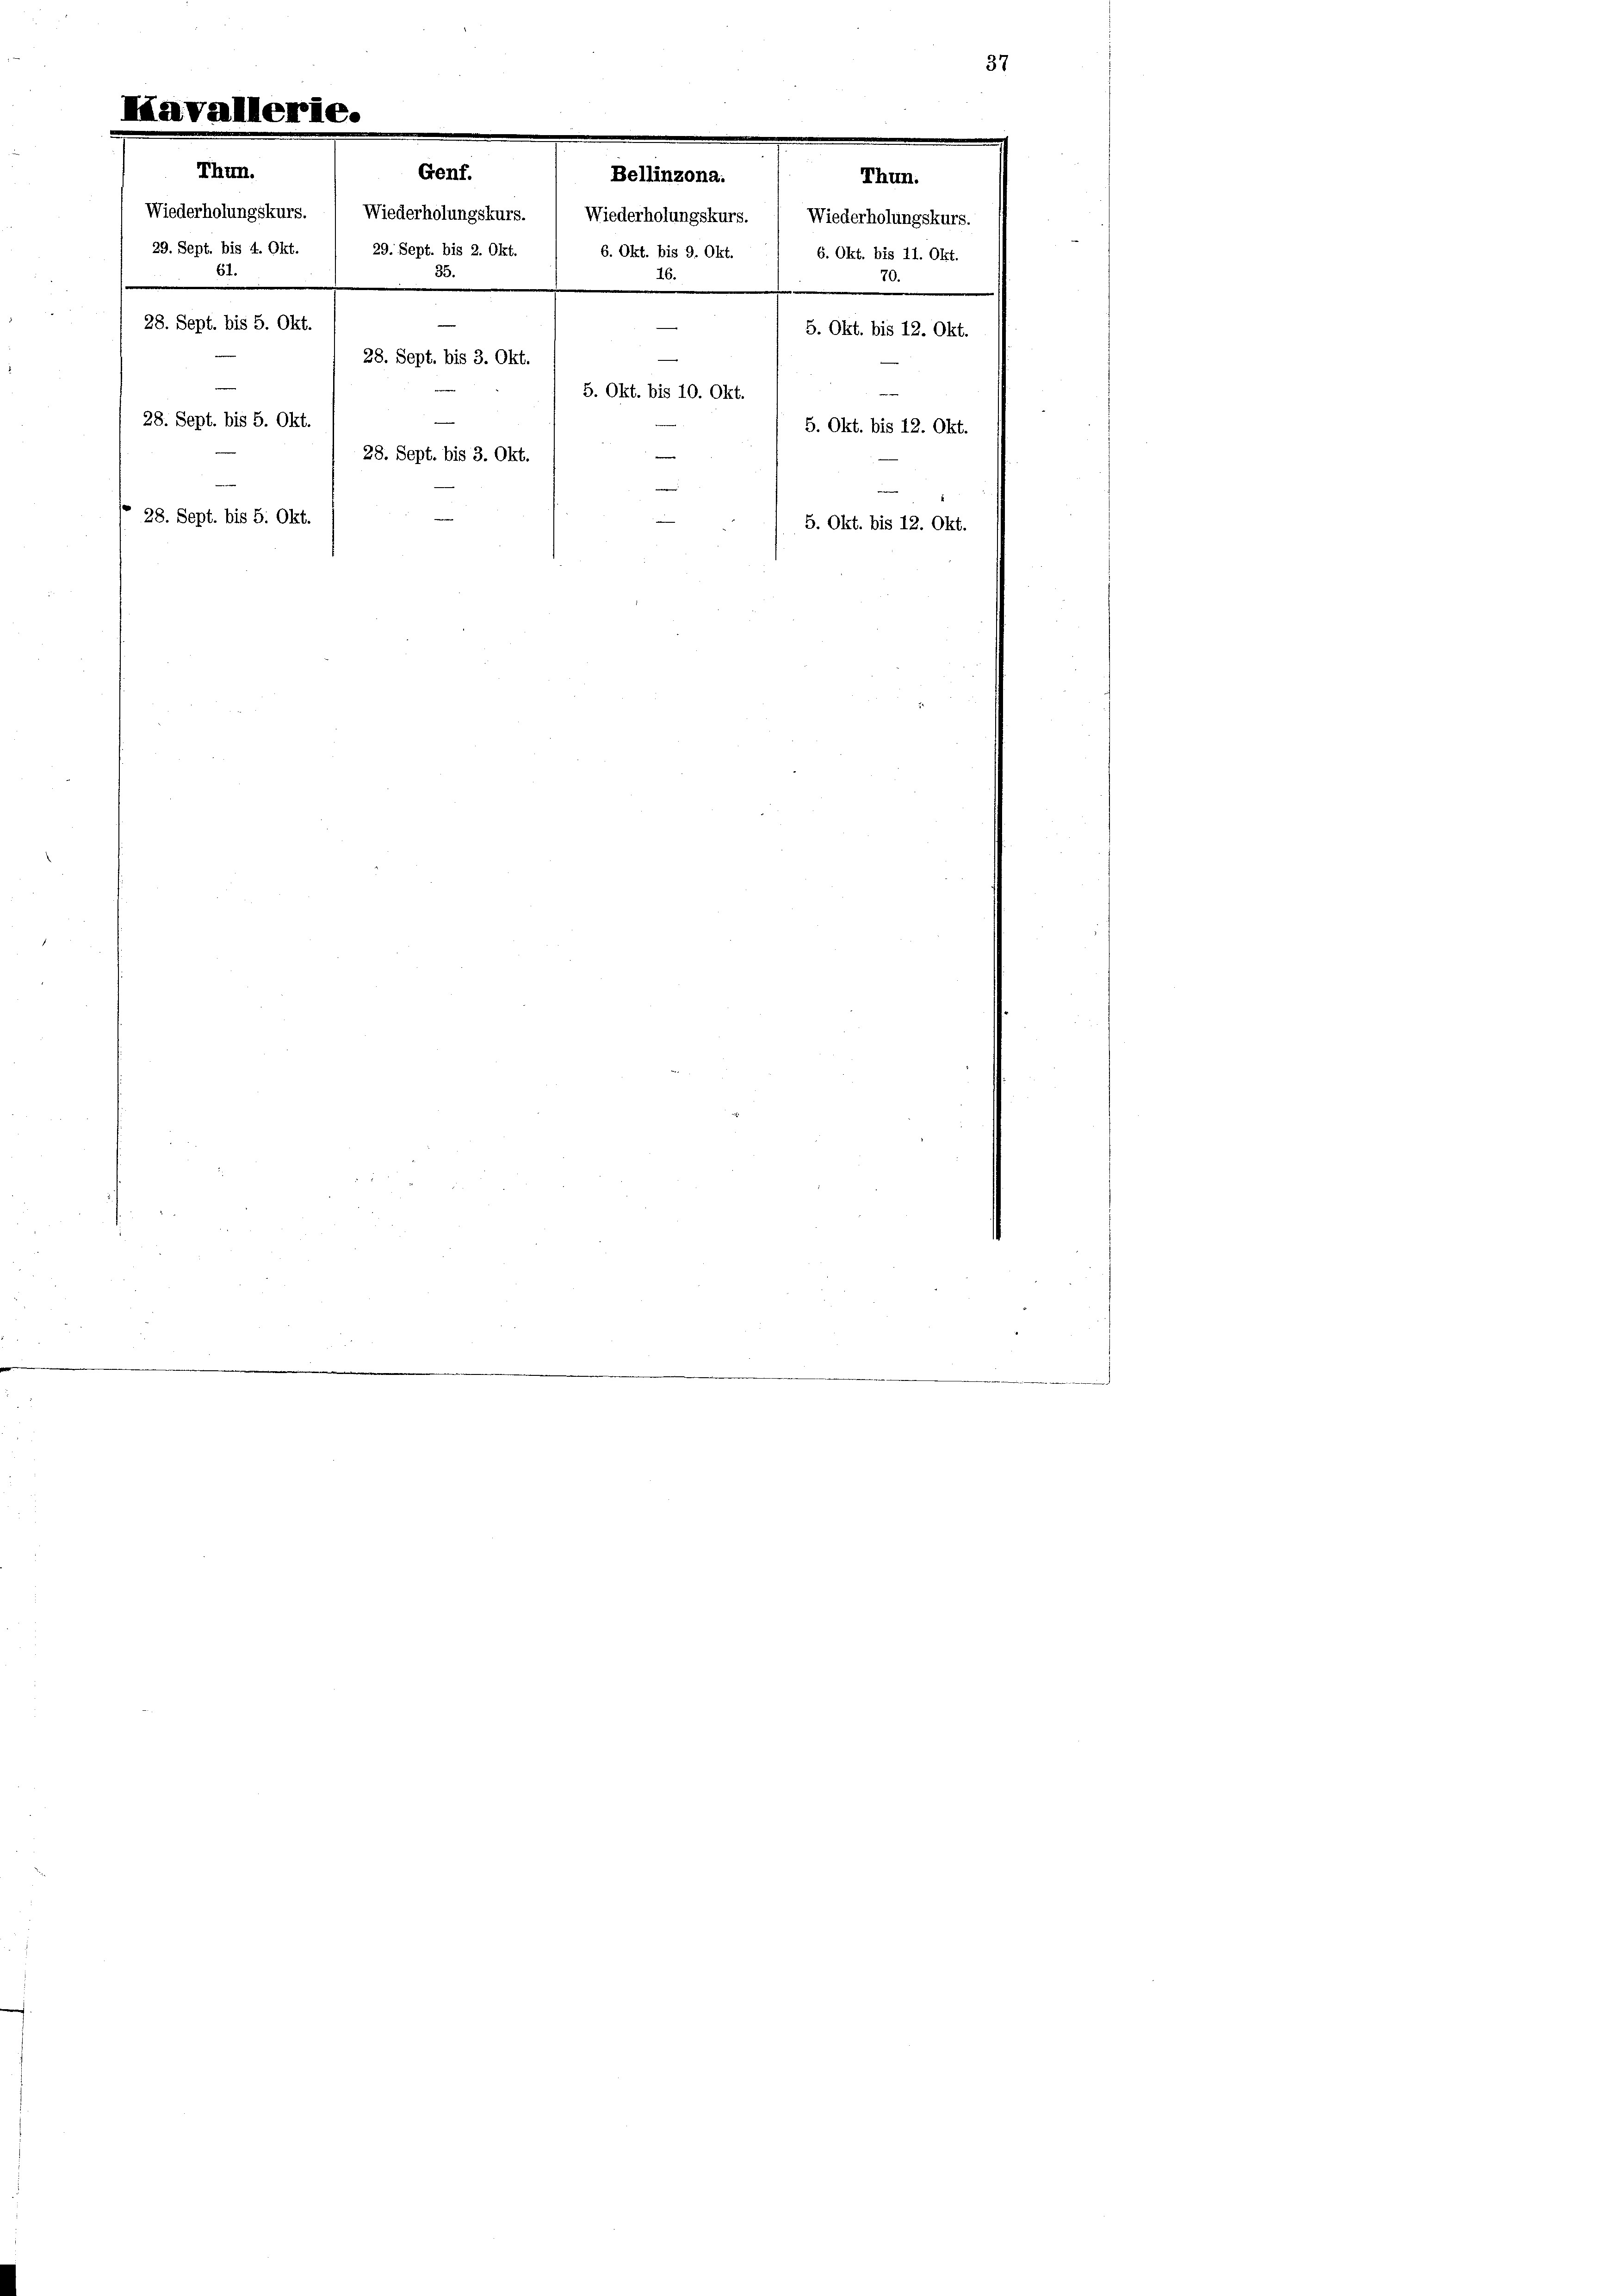
29. Sept. bis 4. Okt.
61.

.
Thun.
Genf.
Bellinzona.
Thun.
Wiederholungskurs. ( Wiederholungskurs. / Wiederholungskurs. ( Wiederholungskurs.
29. Sept. bis 2. Okt.
6. Okt. bis 9. Okt.
6. Okt. bis 11. Okt.
35.
16.
70.
—
28. Sept. bis 5. Okt.
5. Okt. bis 12. Okt.
28. Sept. bis 3. Okt
5. Okt. bis 10. Okt.
28. Sept. bis 5. Okt.
5. Okt. bis 12. Okt.
28. Sept. bis 3. Okt.
 28. Sept. bis 5. Okt.
5. Okt. bis 12. Okt.